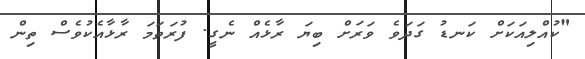
"ކުއްލިއަކަށް ކަނޑު ގަދަވެ ވަރަށް ބިޔަ ރާޅެއް ނެގީ. ފުރަތަމަ ރާޅާއެކުވެސް ތިން